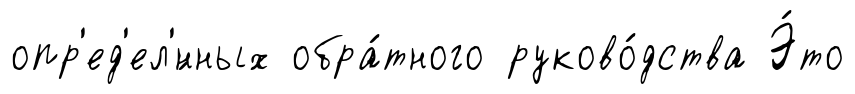
опр'ед'ел'́нных обра́тного руково́дства Э́то